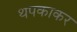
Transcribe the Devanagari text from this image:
थपकाकर